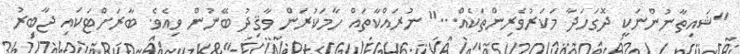
''ޝައިތާނުންނަކީ ދޮގަހަދާ މަކަރުވެރިންތަކެއް...'' ނުރައްކާތައް ހާމަކުރަން ވާޤިދު ބޭނުން ވިއެވެ. ބާރަށްޓަކައި ޖާބިރު